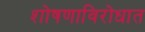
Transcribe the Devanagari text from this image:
शोषणाविरोधात